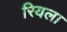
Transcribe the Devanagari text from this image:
रियला